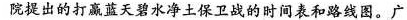
院提出的打赢蓝天碧水净土保卫战的时间表和路线图。广